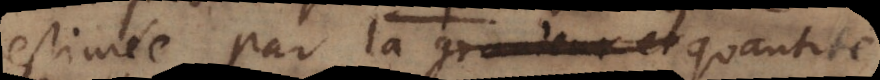
estimée par la grandeur et quantité